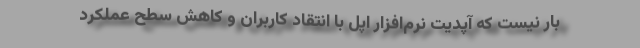
بار نیست که آپدیت نرم‌افزار اپل با انتقاد کاربران و کاهش سطح عملکرد